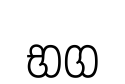
භග